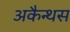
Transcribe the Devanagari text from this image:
अकैन्थस